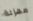
مهزلة